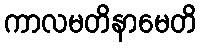
ကာလမတိနာမေတိ